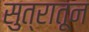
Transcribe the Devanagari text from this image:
सुत्रातून